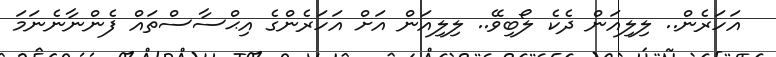
އަހަރެން.. ލިލިއަން ދެކެ ލޯބިވޭ.. ލިލިއަން އަށް އަހަރެންގެ އިޙްސާސްތައް ފެންނާނެނަމަ